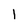
Character: l